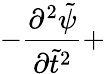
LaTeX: -\displaystyle\frac{\partial^{2}{\tilde{\psi}}}{\partial{\tilde{t}}^{2}}+